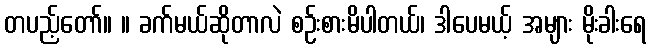
တပည့်တော်။ ။ ခက်မယ်ဆိုတာလဲ စဉ်းစားမိပါတယ်၊ ဒါပေမယ့် အများ မိုးခါးရေ